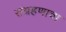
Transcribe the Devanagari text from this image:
संग्रहणाचा